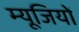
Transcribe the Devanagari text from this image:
म्यूजियों